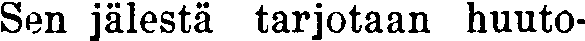
Sen jälestä tarjotaan huuto-